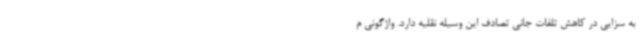
به سزایی در کاهش تلفات جانی تصادف این وسیله نقلیه دارد. واژگونی م